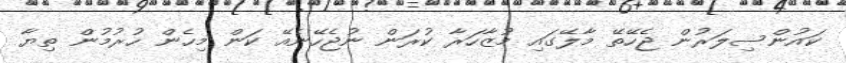
ކައުންސިލަރުން ޖެހޭތޭ މާލޭގައި މުޒާހަރާ ކުރަން ނުޖެހޭނެއޭ ކަން މިހެން ހުރުމުން ތިޔާ